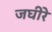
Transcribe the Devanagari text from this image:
जघीरे